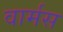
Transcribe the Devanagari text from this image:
वार्मस